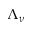
\Lambda _ { \nu }